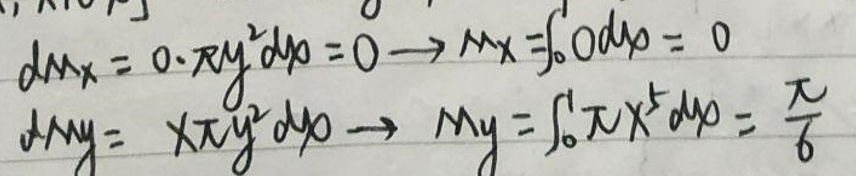
\[
dm_x = 0\cdot\pi y^2dy = 0\to M_x=\int_{0}^{1}0dy = 0
\]

\[
dm_y=\pi x^2dy\to M_y=\int_{0}^{1}\pi x^2dy=\frac{\pi}{6}
\]